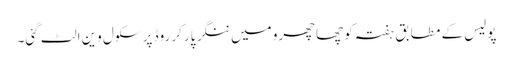
پولیس کے مطابق ہفتہ کو چھاچھرو میں ننگر پارکر روڈ پر سکول وین الٹ گئی۔